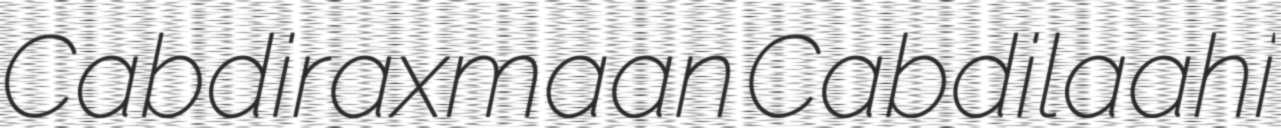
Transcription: Cabdiraxmaan Cabdilaahi